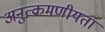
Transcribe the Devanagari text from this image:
अनुत्क्रमणीयता